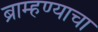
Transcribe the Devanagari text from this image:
ब्राम्हण्याचा